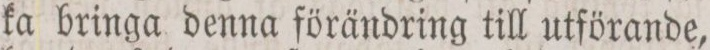
ka bringa denna förändring till utförande,